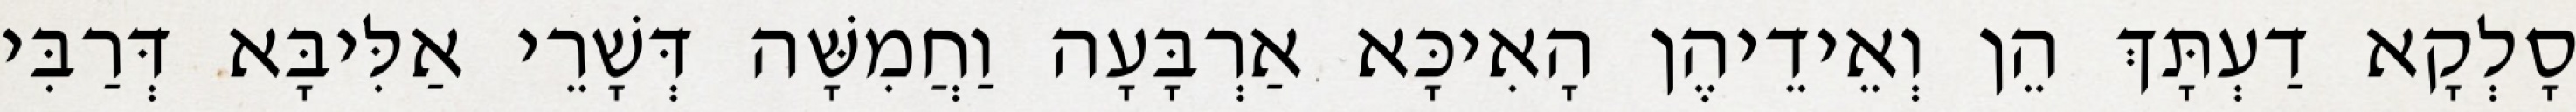
סָלְקָא דַעְתָּךְ הֵן וְאֵידֵיהֶן הָאִיכָּא אַרְבָּעָה וַחֲמִשָּׁה דְּשָׁרֵי אַלִּיבָּא דְּרַבִּי